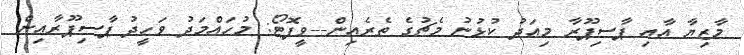
މާޒިޔާ އާއި ޕާސިޕޫރާ މިއަދު ކުޅުނު މެޗުގެ ތެރެއިން--ވީފޮޓޯ: މުހައްމަދު ވަހީދު ޕާސިޕޫރާއިން